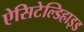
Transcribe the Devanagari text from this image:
ऐसिटेल्डिहाइड